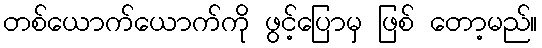
တစ်ယောက်ယောက်ကို ဖွင့်ပြောမှ ဖြစ် တော့မည်။